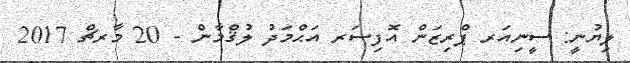
ލިޔުނީ: ސީނިއަރ ޕްރިޒަން އޮފިސަރ އަޙްމަދު ލުޤްމާން - 20 މާރޗް 2017